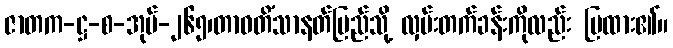
ဇာတက-ဋ္ဌ-စ-အုပ်-၂၆၅၊တာဝတိံသာနတ်ပြည်သို့ လှမ်းတက်ခန်းကိုလည်း ပြထား၏။